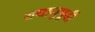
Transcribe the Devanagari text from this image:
यथानुपूर्वी